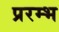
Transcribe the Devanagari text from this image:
प्ररम्भ